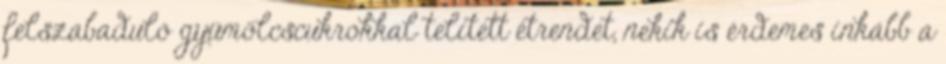
felszabaduló gyümölcscukrokkal telített étrendet, nekik is érdemes inkább a